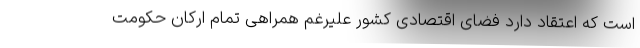
است که اعتقاد دارد فضای اقتصادی کشور علیرغم همراهی تمام ارکان حکومت